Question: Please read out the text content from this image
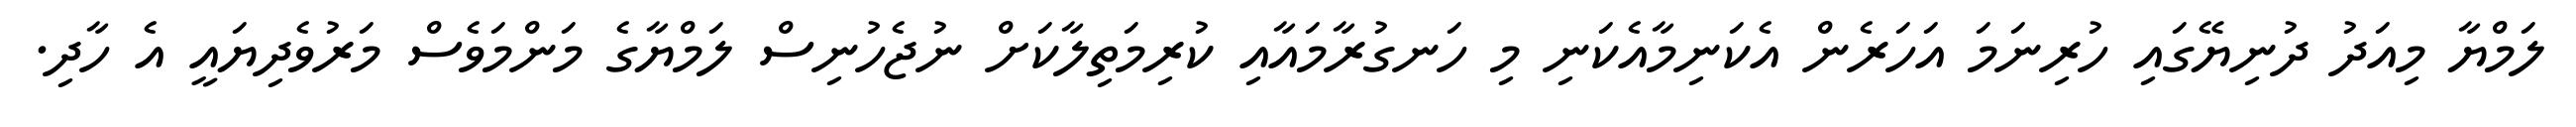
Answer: ލަމްޔާ މިއަދު ދުނިޔޭގައި ހުރިނަމަ އަހަރެން އެކަނިމާއެކަނި މި ހަނގުރާމައާއި ކުރިމަތިލާކަށް ނުޖެހުނިސް ލަމްޔާގެ މަންމަވެސް މަރުވެދިޔައީ އެ ހާދި.